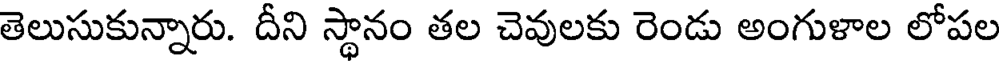
తెలుసుకున్నారు. దీని స్థానం తల చెవులకు రెండు అంగుళాల లోపల